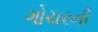
ગોચરની